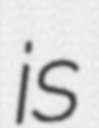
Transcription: is